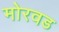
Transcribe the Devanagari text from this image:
मोरवड